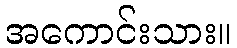
အကောင်းသား။